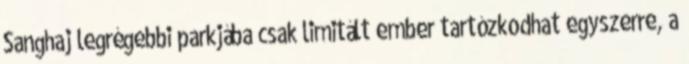
Sanghaj legrégebbi parkjába csak limitált ember tartózkodhat egyszerre, a